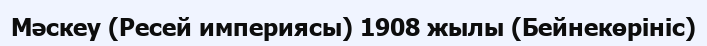
Мәскеу (Ресей империясы) 1908 жылы (Бейнекөрініс)